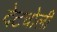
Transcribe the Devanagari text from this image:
देटचोली